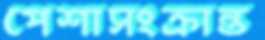
পেশাসংক্রান্ত